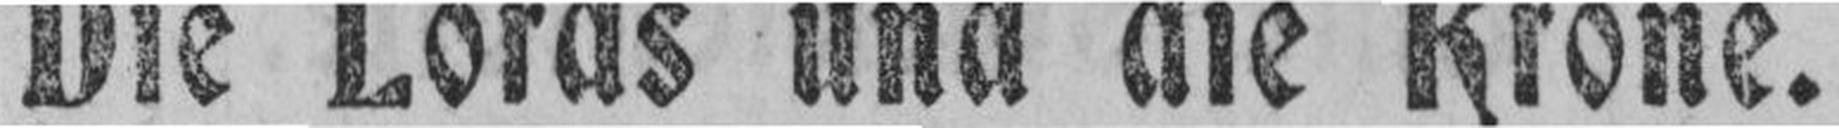
Die Lords und die Krone.